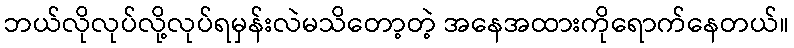
ဘယ်လိုလုပ်လို့လုပ်ရမှန်းလဲမသိတော့တဲ့ အနေအထားကိုရောက်နေတယ်။